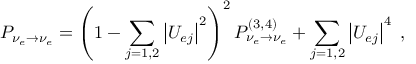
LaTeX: P _ { \nu _ { e } \to \nu _ { e } } = \left( 1 - \sum _ { j = 1 , 2 } \left| U _ { e j } \right| ^ { 2 } \right) ^ { 2 } P _ { \nu _ { e } \to \nu _ { e } } ^ { ( 3 , 4 ) } + \sum _ { j = 1 , 2 } \left| U _ { e j } \right| ^ { 4 } \; ,